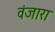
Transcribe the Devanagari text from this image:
वंजारा